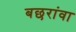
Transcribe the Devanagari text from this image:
बछरांवा